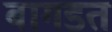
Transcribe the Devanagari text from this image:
बागडत